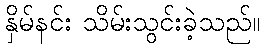
နှိမ်နင်း သိမ်းသွင်းခဲ့သည်။